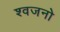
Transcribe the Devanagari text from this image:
श्वजनो